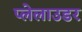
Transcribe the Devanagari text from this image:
प्लेलाउडर